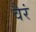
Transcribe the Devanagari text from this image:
वैरं